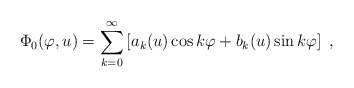
\begin{align*}\Phi_0(\varphi,u)=\sum_{k=0}^{\infty}\left[a_k(u)\cos k\varphi+b_k(u)\sin k\varphi\right]~,\end{align*}